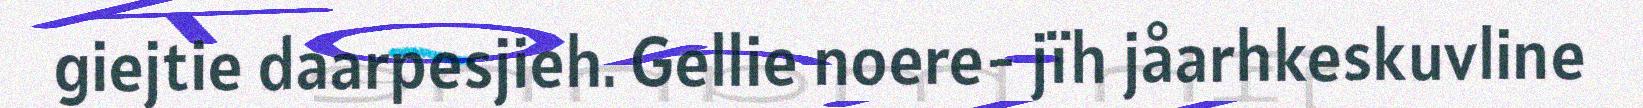
giejtie daarpesjieh. Gellie noere- jïh jåarhkeskuvline